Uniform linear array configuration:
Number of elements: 24
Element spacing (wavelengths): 0.75
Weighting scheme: binomial
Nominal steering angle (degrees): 45
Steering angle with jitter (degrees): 45.118
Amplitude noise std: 0.05
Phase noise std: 0.05

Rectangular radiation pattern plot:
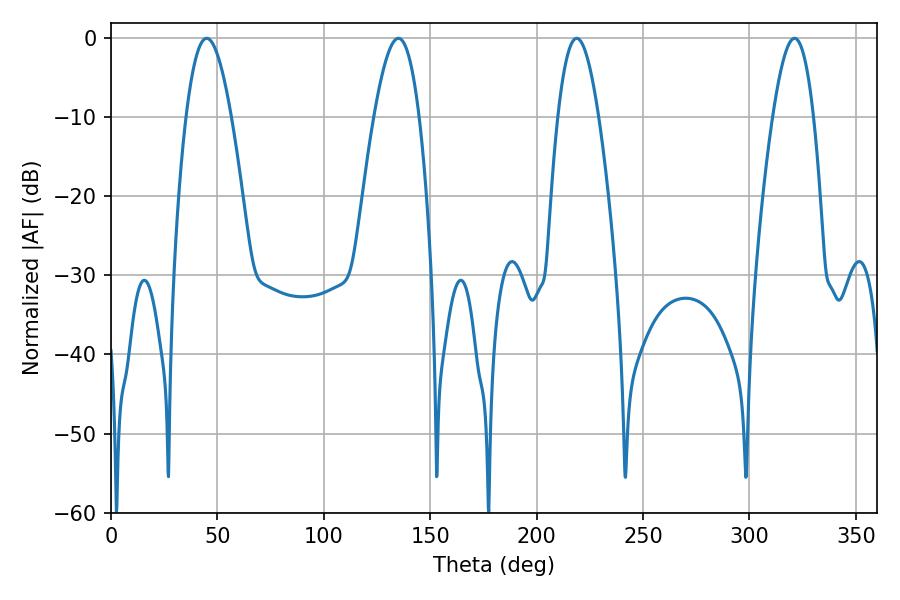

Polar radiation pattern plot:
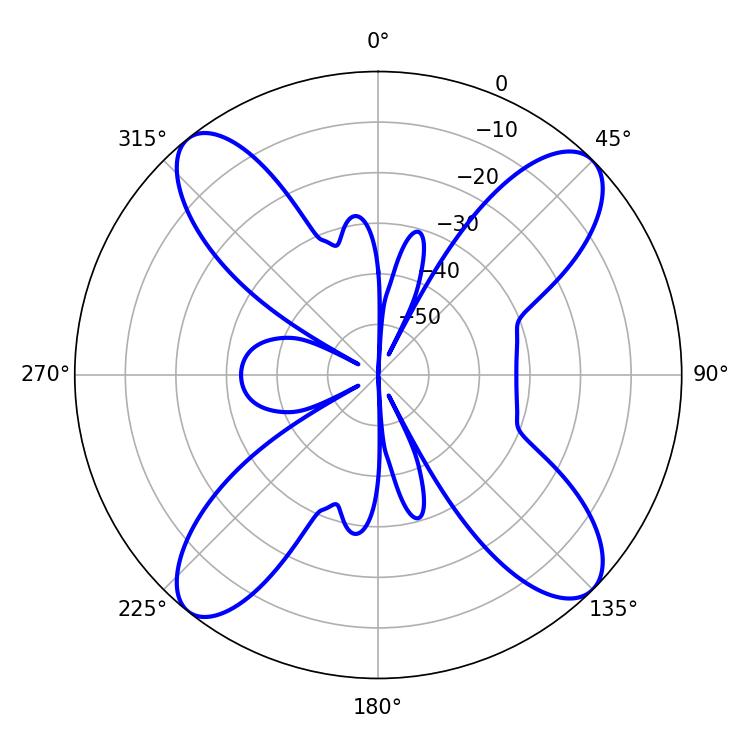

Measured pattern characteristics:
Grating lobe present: TRUE
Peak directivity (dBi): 15.112
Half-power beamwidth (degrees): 11.52
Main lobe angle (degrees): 45